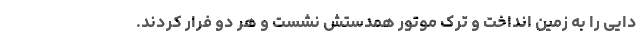
دایی را به زمین انداخت و ترک موتور همدستش نشست و هر دو فرار کردند.